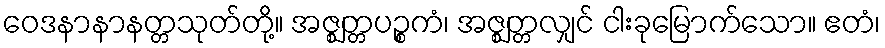
ဝေဒနာနာနတ္တသုတ်တို့။ အဇ္ဈတ္တပဉ္စကံ၊ အဇ္ဈတ္တလျှင် ငါးခုမြောက်သော။ ဧတံ၊